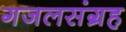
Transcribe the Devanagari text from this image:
गजलसंग्रह